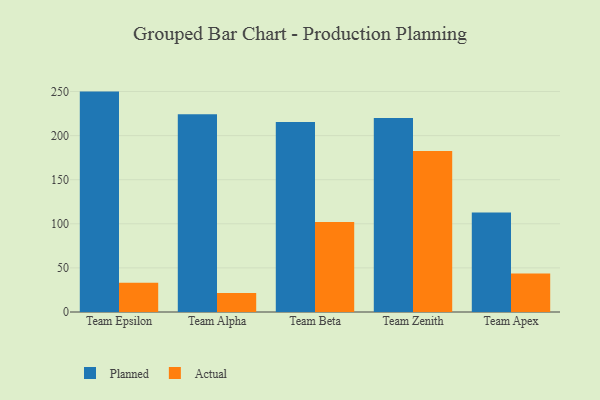
{"axis": {"x": "Team", "y": "Churn Rate (%)"}, "legend": ["Actual", "Planned"], "data": [{"x": "Team Epsilon", "y": 249.9, "type": "Planned"}, {"x": "Team Epsilon", "y": 33.1, "type": "Actual"}, {"x": "Team Alpha", "y": 224.2, "type": "Planned"}, {"x": "Team Alpha", "y": 21.6, "type": "Actual"}, {"x": "Team Beta", "y": 215.5, "type": "Planned"}, {"x": "Team Beta", "y": 102.0, "type": "Actual"}, {"x": "Team Zenith", "y": 220.1, "type": "Planned"}, {"x": "Team Zenith", "y": 182.6, "type": "Actual"}, {"x": "Team Apex", "y": 112.7, "type": "Planned"}, {"x": "Team Apex", "y": 43.6, "type": "Actual"}]}